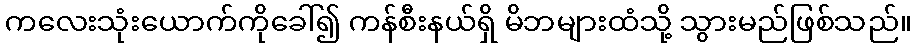
ကလေးသုံးယောက်ကိုခေါ်၍ ကန်စီးနယ်ရှိ မိဘများထံသို့ သွားမည်ဖြစ်သည်။